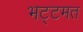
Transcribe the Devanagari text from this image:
भट्टमत